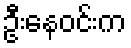
ဦးနေဝင်းက